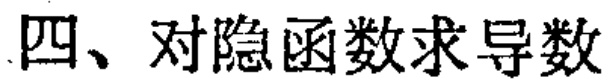
四、对隐函数求导数